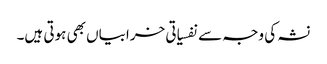
نشہ کی وجہ سے نفسیاتی خرابیاں بھی ہوتی ہیں۔